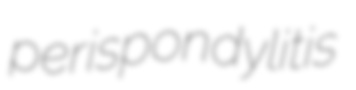
perispondylitis